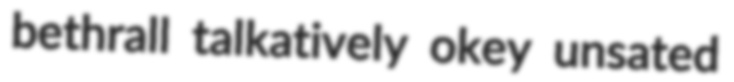
bethrall talkatively okey unsated